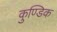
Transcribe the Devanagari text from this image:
कुण्डिक